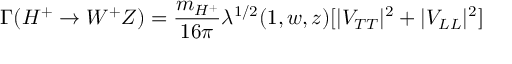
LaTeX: \Gamma ( H ^ { + } \to W ^ { + } Z ) = \frac { m _ { H ^ { + } } } { 1 6 \pi } \lambda ^ { 1 / 2 } ( 1 , w , z ) [ | V _ { T T } | ^ { 2 } + | V _ { L L } | ^ { 2 } ]